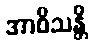
အာဝိသန္တိ